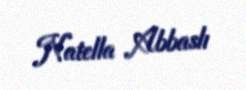
Natella Abbaslı